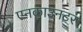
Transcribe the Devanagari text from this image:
एनकाउनटर